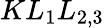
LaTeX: KL_{1}L_{2,3}